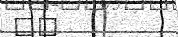
٨٧